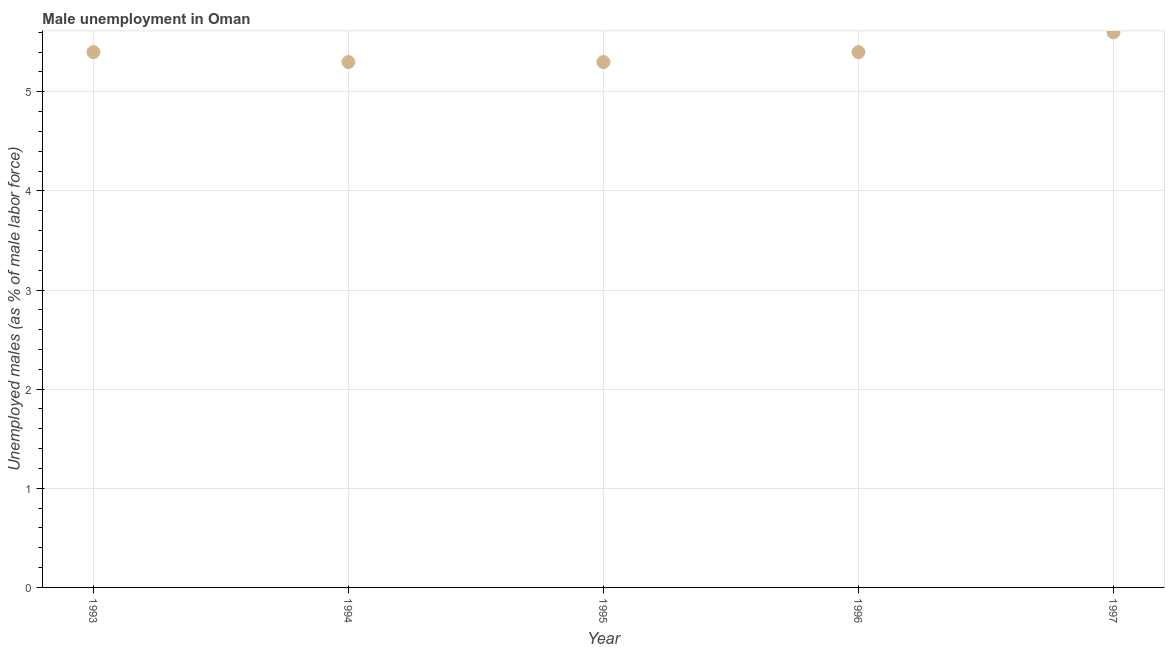
| Year | Unemployment |
 | --- | --- |
 | 1993 | 5.4 |
 | 1994 | 5.3 |
 | 1995 | 5.3 |
 | 1996 | 5.4 |
 | 1997 | 5.6 |